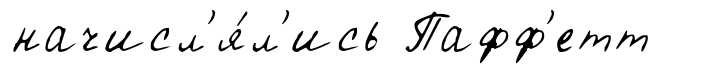
начисл'я́л'ись Пафф'етт